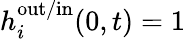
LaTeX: h_{i}^{\mathrm{out/in}}(0,t)=1